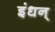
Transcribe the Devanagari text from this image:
इंधन्